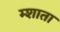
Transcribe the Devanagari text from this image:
म्शाता